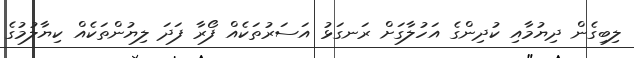
ލިބިގެން ދިޔުމާއި ކުދިންގެ އަހުލާގަށް ރަނގަޅު އަސަރުތަކެއް ފޯރާ ފަދަ ލިޔުންތަކެއް ކިޔާލުމުގެ